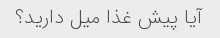
آیا پیش غذا میل دارید؟